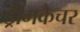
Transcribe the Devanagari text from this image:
ड्रीमकैचर